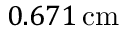
0 . 6 7 1 \, \mathrm { c m }